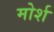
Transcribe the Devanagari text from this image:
मोर्श